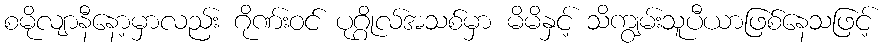
စမိုလျာနီနော့မှာလည်း ဂိုဏ်းဝင် ပုဂ္ဂိုလ်အသစ်မှာ မိမိနှင့် သိကျွမ်းသူပီယာဖြစ်နေသဖြင့်